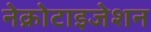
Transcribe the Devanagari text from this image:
नेक्रोटाइजेशन